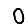
Digit: 0